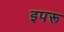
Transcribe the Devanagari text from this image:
इपरू